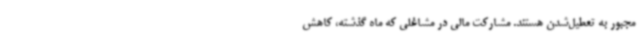
مجبور به تعطیل‌شدن هستند. مشارکت مالی در مشاغلی که ماه گذشته، کاهش